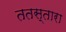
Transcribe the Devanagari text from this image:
ततस्तारा